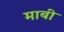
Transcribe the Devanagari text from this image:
माबी